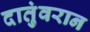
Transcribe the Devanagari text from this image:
दातुंवरान